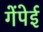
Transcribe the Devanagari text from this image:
गेंपेई